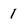
Character: 1